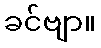
ခင်ဗျာ။